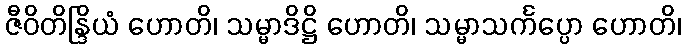
ဇီဝိတိန္ဒြိယံ ဟောတိ၊ သမ္မာဒိဋ္ဌိ ဟောတိ၊ သမ္မာသင်္ကပ္ပော ဟောတိ၊